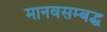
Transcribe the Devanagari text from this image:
मानवसम्बद्ध